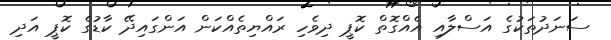
ސަނަދުތަކުގެ އަސްލާއި އެއްގޮތް ކޮޕީ ދިވެހި ރައްޔިތެއްކަން އަންގައިދޭ ކާޑުގެ ކޮޕީ އަދި